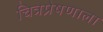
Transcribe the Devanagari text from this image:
चित्रप्रेषणाला